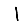
Digit: 1